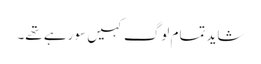
شاید تمام لوگ کہیں سو رہے تھے۔